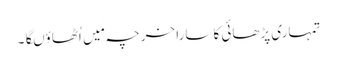
تمہاری پڑھائی کا سارا خرچہ مَیں اُٹھاؤںگا۔